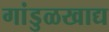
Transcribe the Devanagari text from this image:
गांडुळखाद्य